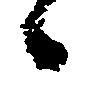
々